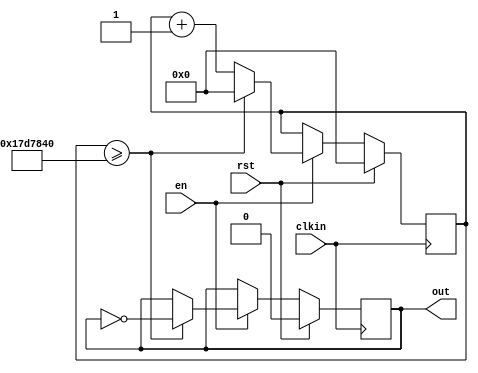
module clkgen (
    input clkin,
    input rst,
    input en,
    output reg out
);
parameter clk_f = 1;
parameter countlimit = 25000000/clk_f; //original freq = 50MHz

integer cnt;
always @(posedge clkin) begin
    if(rst) begin
        cnt <= 0;
        out <= 0;
    end else begin
       if(en) begin
           cnt <= cnt + 1'b1;
           if(cnt >= countlimit) begin
               cnt <= 0;
               out <= ~out;
           end else begin
               out <= out;
           end
       end else begin
           cnt <= cnt;
           out <= out;
       end
    end
end

endmodule